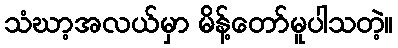
သံဃာ့အလယ်မှာ မိန့်တော်မူပါသတဲ့။